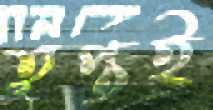
তৃপ্তই